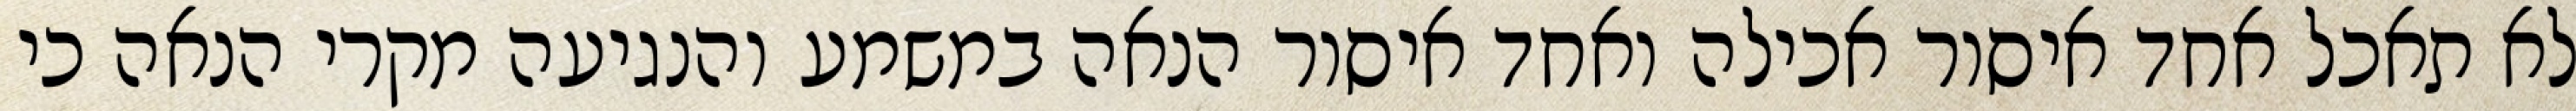
לא תאכל אחד איסור אכילה ואחד איסור הנאה במשמע והנגיעה מקרי הנאה כי